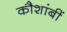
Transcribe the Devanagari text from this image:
कौशांबीं